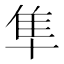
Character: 隼